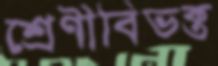
শ্রেণীবিভক্ত